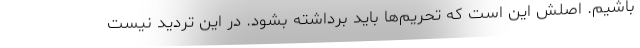
باشیم. اصلش این است که تحریم‌ها باید برداشته بشود. در این تردید نیست